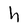
Character: h